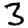
Digit: 3